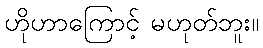
ဟိုဟာကြောင့် မဟုတ်ဘူး။